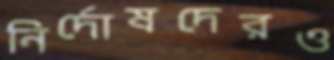
নির্দোষদেরও